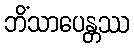
ဘိံသာပေန္တဿ